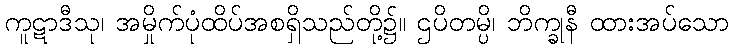
ကူဋာဒီသု၊ အမှိုက်ပုံထိပ်အစရှိသည်တို့၌။ ဌပိတမ္ပိ၊ ဘိက္ခုနီ ထားအပ်သော